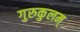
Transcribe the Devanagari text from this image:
गुरुकुलम्